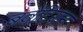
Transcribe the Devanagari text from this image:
बवेंटियन